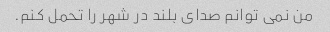
من نمی توانم صدای بلند در شهر را تحمل کنم.